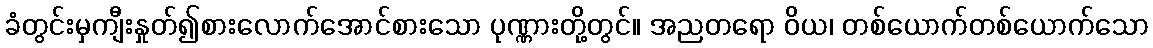
ခံတွင်းမှကျီးနှုတ်၍စားလောက်အောင်စားသော ပုဏ္ဏားတို့တွင်။ အညတရော ဝိယ၊ တစ်ယောက်တစ်ယောက်သော